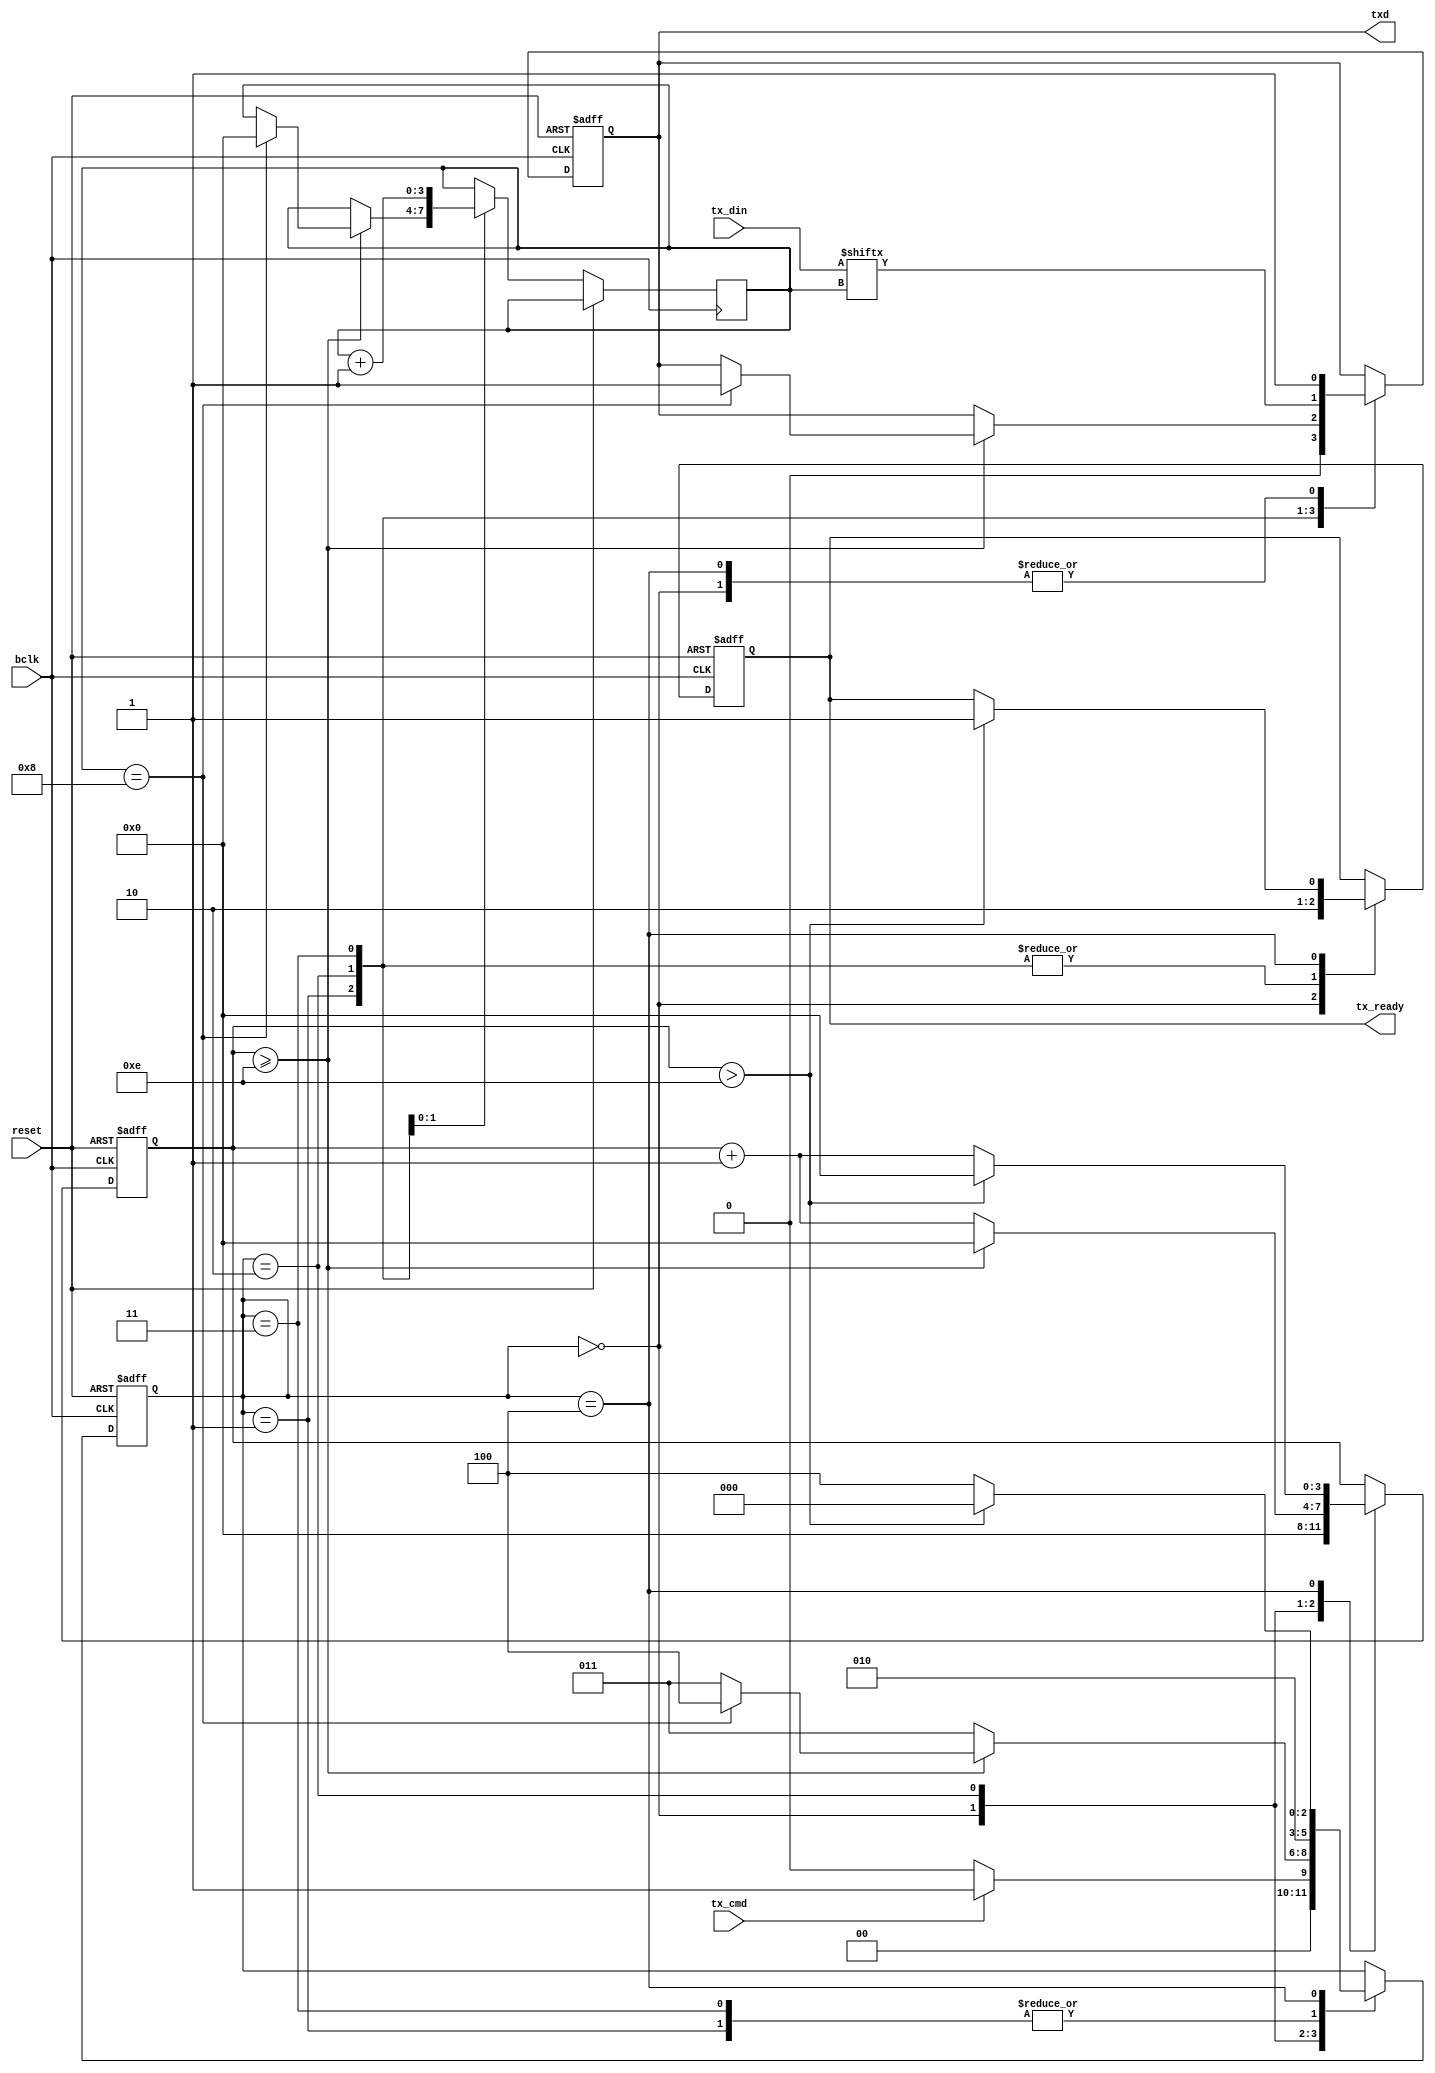
module uart_tx(bclk,reset,tx_din,tx_cmd,tx_ready,txd);
 input bclk;
 input reset;
 input [7:0]tx_din;
 input tx_cmd;
 output tx_ready;
 output txd;
 reg tx_ready;
 parameter Lframe=8;
 parameter [2:0]s_idle=3'b000;
 parameter [2:0]s_start=3'b001;
 parameter [2:0]s_wait=3'b010;
 parameter [2:0]s_shift=3'b011;
 parameter [2:0]s_stop=3'b100;
 reg [2:0]state=s_idle;
 reg [3:0]cnt=0;
 reg [3:0]dcnt=0;
 reg txdt;
 assign txd=txdt;
 always @(posedge bclk or posedge reset)
 begin
    if(reset)
        begin
            state<=s_idle;
            cnt<=0;
            tx_ready<=0;
            txdt<=1'b1;
        end
    else
    begin
    case(state)
    s_idle:
    begin
        tx_ready<=1;
        cnt<=0;
        txdt<=1'b1;
        if(tx_cmd==1'b1)
            state<=s_start;
        else
            state<=s_idle;
        end
    s_start:
    begin
        tx_ready<=1'b0;
        txdt<=1'b0;//the start bit
        state<=s_wait;
    end
    s_wait:
    begin
        tx_ready<=1'b0;
        if(cnt>=4'b1110)
        begin
        cnt<=0;
        if(dcnt==Lframe)
            begin
                state<=s_stop;
                txdt<=1'b1;
                dcnt<=0;
            end
        else
            begin
                state<=s_shift;
                txdt<=txdt;
            end
        end
        else
            begin
                state<=s_shift;
                cnt<=cnt+1;
            end
        end
    s_shift:
        begin
            tx_ready<=1'b0;
            txdt<=tx_din[dcnt];
            dcnt<=dcnt+1;
            state<=s_wait;
        end
    s_stop:
        begin
            txdt<=1'b1;
            if(cnt>4'b1110)
                begin
                    tx_ready<=1'b1;
                    cnt<=0;
                    state<=s_idle;
                end
            else
                begin
                    state<=s_stop;
                    cnt<=cnt+1;
                end
        end
    endcase
    end
end
endmodule